Source: Handwritten
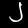
Digit: ၂ (2)